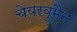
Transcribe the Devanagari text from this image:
चेयरवुमैन